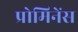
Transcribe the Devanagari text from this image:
प्रोमिनेंस